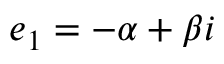
e _ { 1 } = - \alpha + \beta i